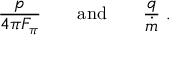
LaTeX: { \frac { p } { 4 \pi F _ { \pi } } } \qquad \mathrm { a n d } \qquad { \frac { q } { \dot { m } } } \ .